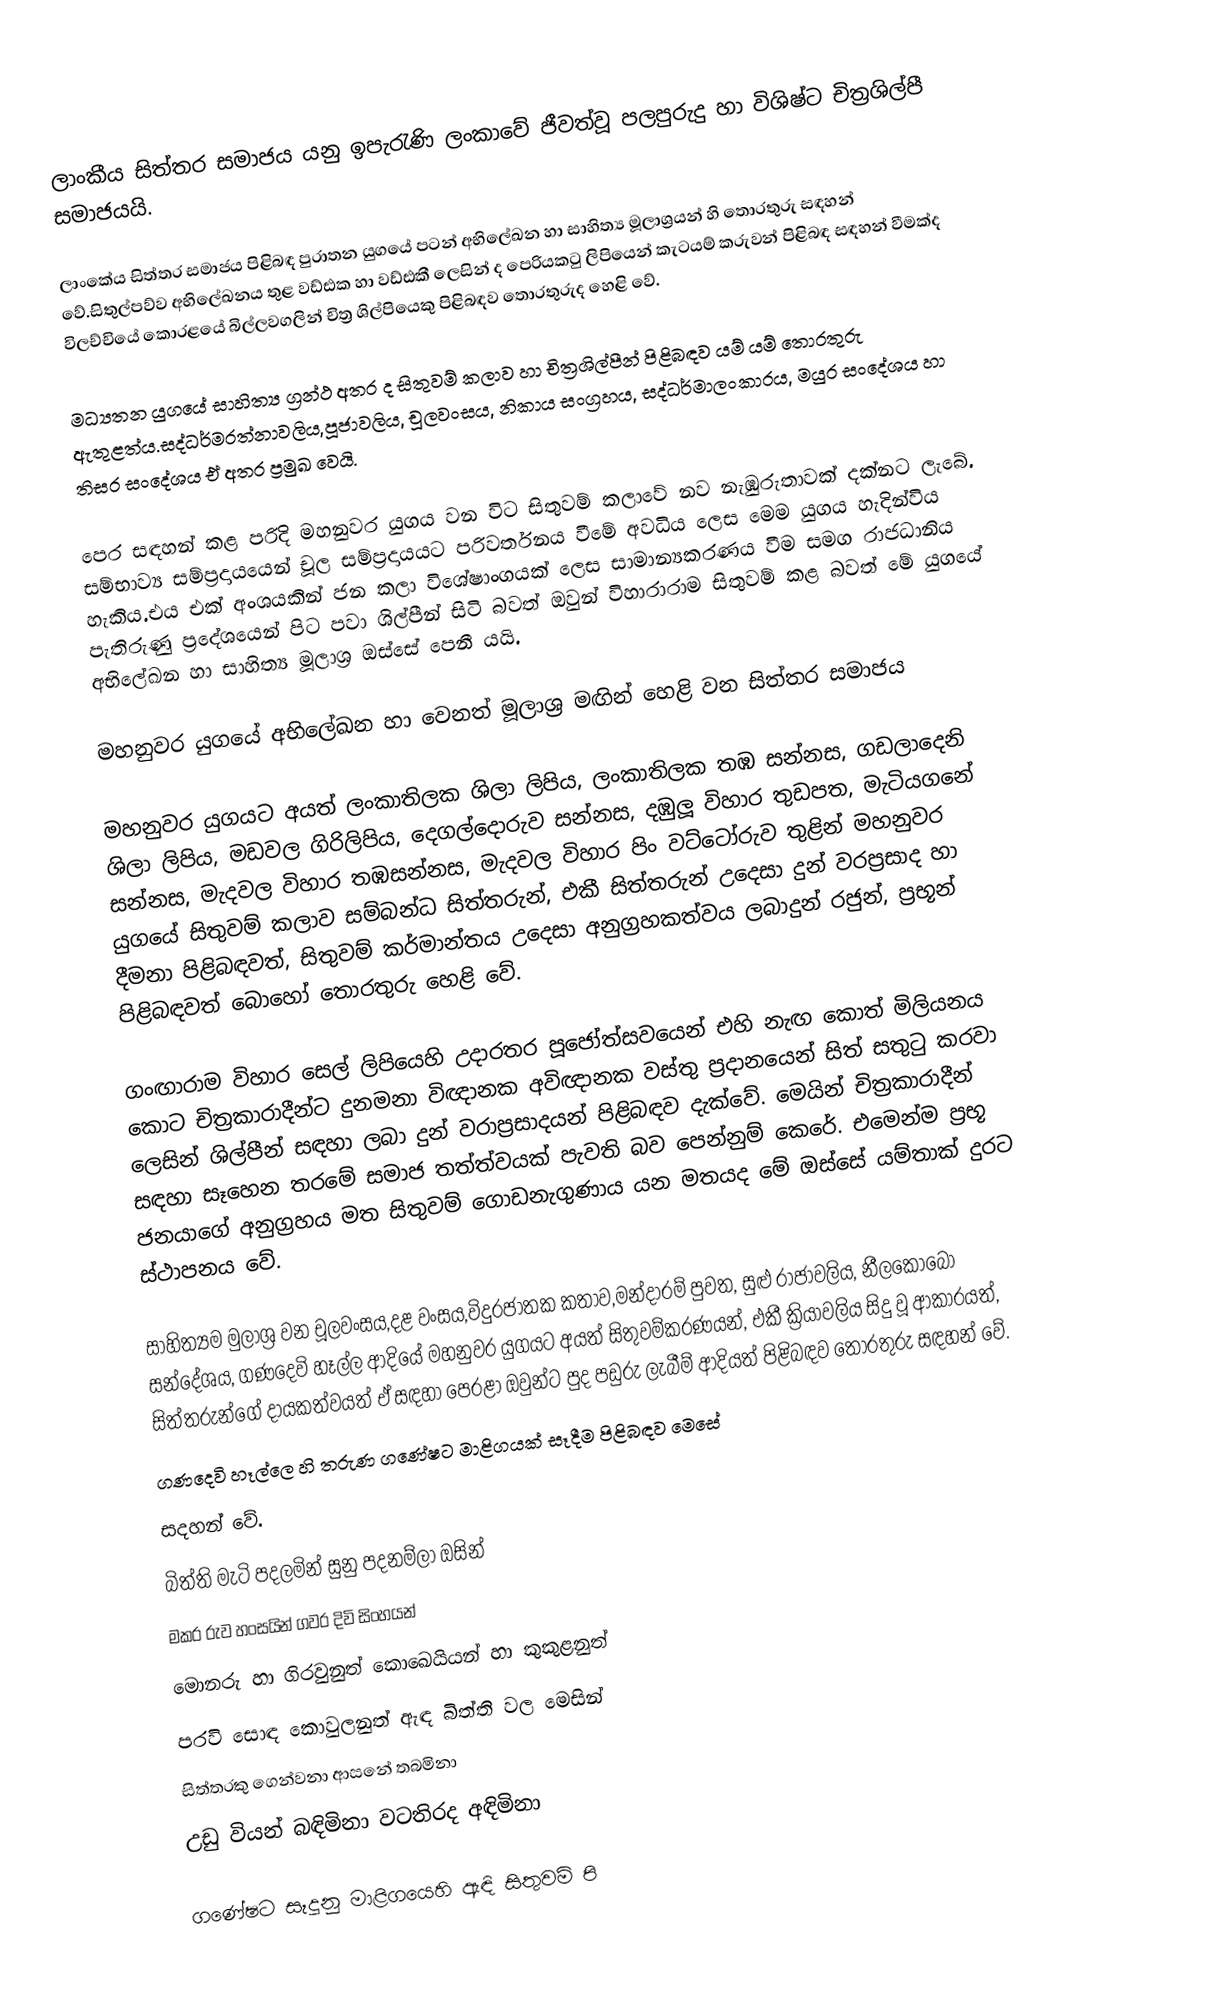
ලාංකීය සිත්තර සමාජය යනු ඉපැරැණි ලංකාවේ ජීවත්වූ පලපුරුදු හා විශිෂ්ට චිත්‍රශිල්පී සමාජයයි.

ලාංකේය සිත්තර සමාජය පිළිබඳ පුරාතන යුගයේ පටන් අභිලේඛන හා සාහිත්‍ය මූලාශ්‍රයන් හි තොරතුරු සඳහන් වේ.සිතුල්පව්ව අභිලේඛනය තුළ වඩ්ඪක හා වඩ්ඪකී ලෙසින් ද පෙරියකටු ලිපියෙන් කැටයම් කරුවන් පිළිබඳ සඳහන් වීමක්ද විලච්චියේ කොරළයේ බිල්ලවගලින් චිත්‍ර ශිල්පියෙකු  පිළිබඳව තොරතුරුද හෙළි වේ.

මධ්‍යතන යුගයේ සාහිත්‍ය ග්‍රන්ථ අතර ද සිතුවම් කලාව හා චිත්‍රශිල්පීන් පිළිබඳව යම් යම් තොරතුරු ඇතුළත්ය.සද්ධර්මරත්නාවලිය,පූජාවලිය, චූලවංසය, නිකාය සංග්‍රහය, සද්ධර්මාලංකාරය, මයුර සංදේශය හා තිසර සංදේශය ඒ අතර ප්‍රමුඛ වෙයි.

පෙර සඳහන් කළ පරිදි මහනුවර යුගය වන විට සිතුවම් කලාවේ නව නැඹුරුතාවක් දක්නට ලැබේ. සම්භාව්‍ය සම්ප්‍රදායයෙන් චූල සම්ප්‍රදායයට පරිවර්තනය වීමේ අවධිය ලෙස මෙම යුගය හැදින්විය හැකිය.එය එක් අංශයකින් ජන කලා විශේෂාංගයක් ලෙස සාමාන්‍යකරණය වීම සමග රාජධානිය පැතිරුණු ප්‍රදේශයෙන් පිට පවා ශිල්පීන් සිටි බවත් ඔවුන් විහාරාරාම සිතුවම් කළ බවත් මේ යුගයේ අභිලේඛන හා සාහිත්‍ය මූලාශ්‍ර ඔස්සේ පෙනී යයි.

මහනුවර යුගයේ අභිලේඛන හා වෙනත් මූලාශ්‍ර මඟින් හෙළි වන සිත්තර සමාජය

මහනුවර යුගයට අයත් ලංකාතිලක ශිලා ලිපිය, ලංකාතිලක තඹ සන්නස, ගඩලාදෙනි ශිලා ලිපිය, මඩවල ගිරිලිපිය, දෙගල්දොරුව සන්නස, දඹුලූ විහාර තුඩපත, මැටියගනේ සන්නස, මැදවල විහාර තඹසන්නස, මැදවල විහාර පිං වට්ටෝරුව තුළින් මහනුවර යුගයේ සිතුවම් කලාව සම්බන්ධ සිත්තරුන්, එකී සිත්තරුන් උදෙසා දුන් වරප්‍රසාද හා දීමනා පිළිබඳවත්, සිතුවම් කර්මාන්තය උදෙසා අනුග්‍රහකත්වය ලබාදුන් රජුන්, ප්‍රභූන් පිළිබඳවත් බොහෝ තොරතුරු හෙළි වේ.

ගංඟාරාම විහාර සෙල් ලිපියෙහි උදාරතර පූජෝත්සවයෙන් එහි නැඟ කොත් මිලියනය කොට චිත්‍රකාරාදීන්ට දුනමනා විඥානක අවිඥානක  වස්තු ප්‍රදානයෙන් සිත් සතුටු කරවා  ලෙසින් ශිල්පීන් සඳහා ලබා දුන් වරාප්‍රසාදයන් පිළිබඳව දැක්වේ. මෙයින් චිත්‍රකාරාදීන් සඳහා සෑහෙන තරමේ සමාජ තත්ත්වයක් පැවති බව පෙන්නුම් කෙරේ. එමෙන්ම ප්‍රභූ ජනයාගේ අනුග්‍රහය මත සිතුවම් ගොඩනැගුණාය යන මතයද මේ ඔස්සේ යම්තාක් දුරට ස්ථාපනය වේ.

සාහිත්‍යම මුලාශ්‍ර වන චූලවංසය,දළ වංසය,විදුරජාතක කතාව,මන්දාරම් පුවත, සුළු රාජාවලිය, නීලකොබෝ සන්දේශය, ගණදෙවි හෑල්ල ආදියේ මහනුවර යුගයට අයත් සිතුවම්කරණයන්, එකී ක්‍රියාවලිය සිදු වූ ආකාරයත්, සිත්තරුන්ගේ දායකත්වයත් ඒ සඳහා පෙරළා ඔවුන්ට පුද පඩුරු ලැබීම් ආදියත් පිළිබඳව තොරතුරු සඳහන් වේ.
ගණදෙවි හෑල්ලෙ හි තරුණ ගණේෂට මාළිගයක් සෑදීම පිළිබඳව මෙසේ
සදහන් වේ.
බිත්ති මැටි පදලමින් සුනු පදනම්ලා ඔසින්
මකර රුව හංසයින් ගවර දිවි සිංහයන්
මොනරු හා ගිරවුනුත් කොඛෙයියන් හා කුකුළනුත්
පරවි සොඳ කොවුලනුත් ඇඳ බිත්ති වල මෙසින්
සිත්තරකු ගෙන්වනා ආසනේ තබමිනා
උඩු වියන් බඳිමිනා වටතිරද අඳිමිනා

ගණේෂට සෑදූනු මාළිගයෙහි ඇඳි සිතුවම් පි